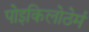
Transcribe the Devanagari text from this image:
पोइकिलोठेर्म